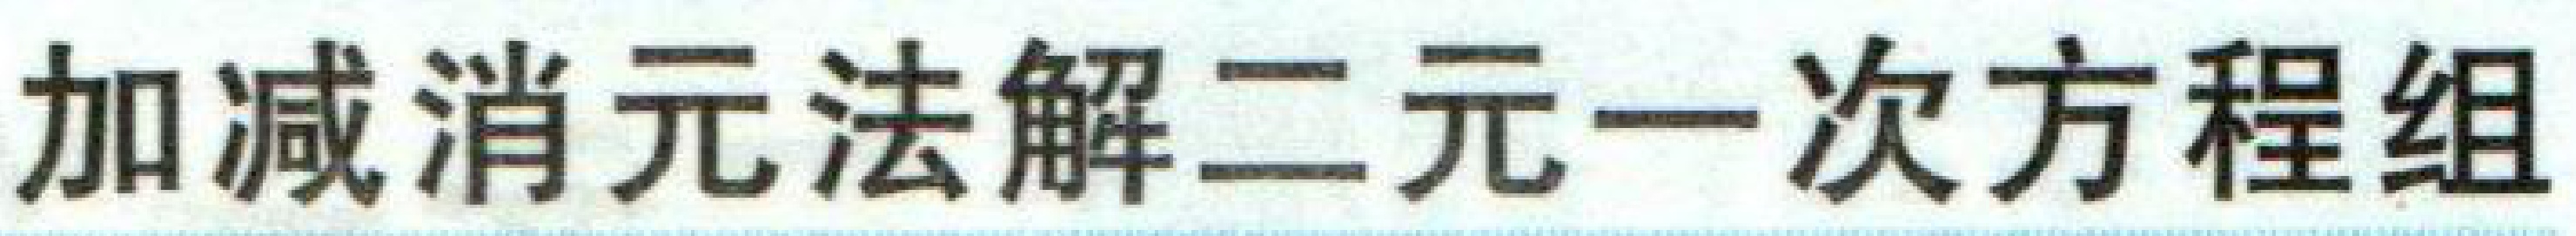
加减消元法解二元一次方程组